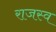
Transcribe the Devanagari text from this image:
राजस्व